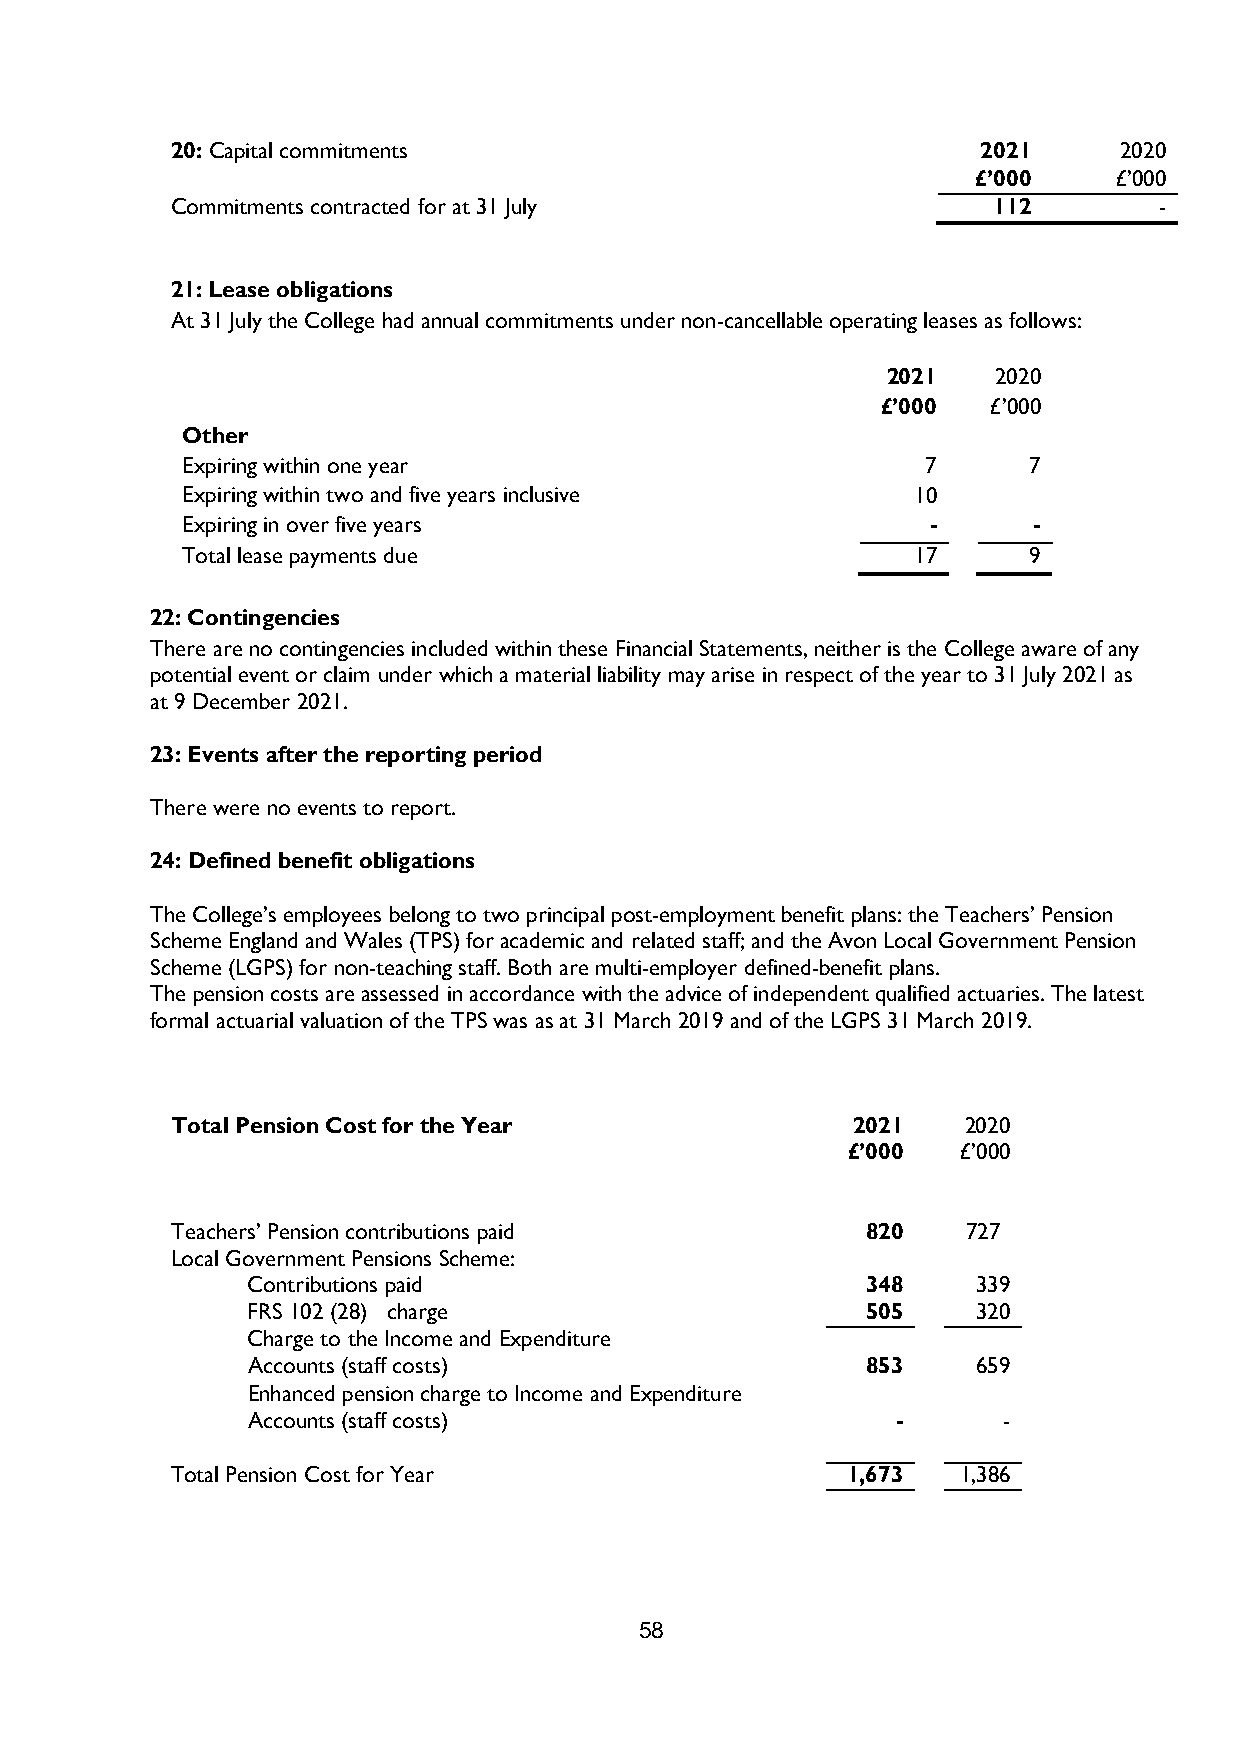
20: Capital commitments                               2021     2020
 £’000    £’000
 Commitments contracted for at 31 July                  112        -
 21: Lease obligations
 At 31 July the College had annual commitments under non-cancellable operating leases as follows:
 2021   2020
 £’000  £’000
 Other
 Expiring within one year                         7      7
 Expiring within two and five years inclusive    10
 Expiring in over five years                      -      -
 Total lease payments due                        17      9
 22: Contingencies
 There are no contingencies included within these Financial Statements, neither is the College aware of any
 potential event or claim under which a material liability may arise in respect of the year to 31 July 2021 as
 at 9 December 2021.
 23: Events after the reporting period
 There were no events to report.
 24: Defined benefit obligations
 The College’s employees belong to two principal post-employment benefit plans: the Teachers’ Pension
 Scheme England and Wales (TPS) for academic and related staff; and the Avon Local Government Pension
 Scheme (LGPS) for non-teaching staff. Both are multi-employer defined-benefit plans.
 The pension costs are assessed in accordance with the advice of independent qualified actuaries. The latest
 formal actuarial valuation of the TPS was as at 31 March 2019 and of the LGPS 31 March 2019.
 Total Pension Cost for the Year              2021    2020
 £’000  £’000
 Teachers’ Pension contributions paid          820    727
 Local Government Pensions Scheme:
 Contributions paid                       348     339
 FRS 102 (28) charge                      505     320
 Charge to the Income and Expenditure
 Accounts (staff costs)                   853     659
 Enhanced pension charge to Income and Expenditure
 Accounts (staff costs)                     -      -
 Total Pension Cost for Year                  1,673   1,386
 58